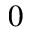
0